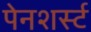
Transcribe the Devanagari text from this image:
पेनशर्स्ट